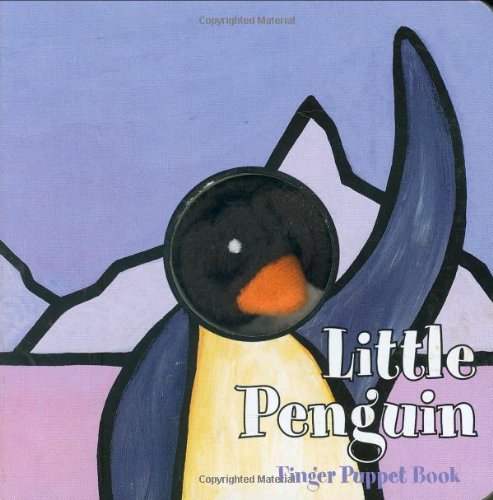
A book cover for Little Penguin: Finger Puppet Book (Little Finger Puppet Board Books); Lenz Mulligan Rights & Co-edit; Children's Books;